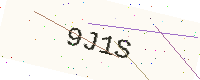
Text: 9J1S